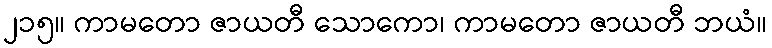
၂၁၅။ ကာမတော ဇာယတီ သောကော၊ ကာမတော ဇာယတီ ဘယံ။